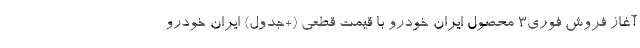
آغاز فروش فوری3 محصول ایران خودرو با قیمت قطعی (+جدول) ایران خودرو